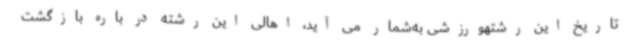
تاریخ این رشتهورزشی به‌شمار می‌ آید، اهالی این رشته در باره بازگشت